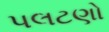
પલટણો